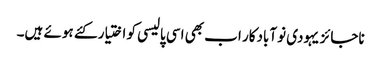
ناجائز یہودی نوآبادکار اب بھی اسی پالیسی کو اختیار کئے ہوئے ہیں۔